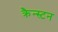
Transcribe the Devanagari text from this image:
क्रैन्स्टन